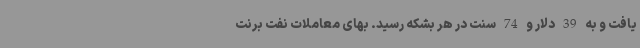
یافت و به 39 دلار و 74 سنت در هر بشکه رسید. بهای معاملات نفت برنت